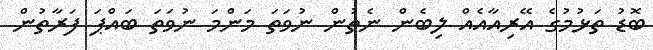
ބޮޑު ތަޅުމުގެ އޭރިއާއެއް ލިބެން ނެތުން ނުވަތަ މަންމަ ނުވަތަ ބައްޕަ ފަރާތުން